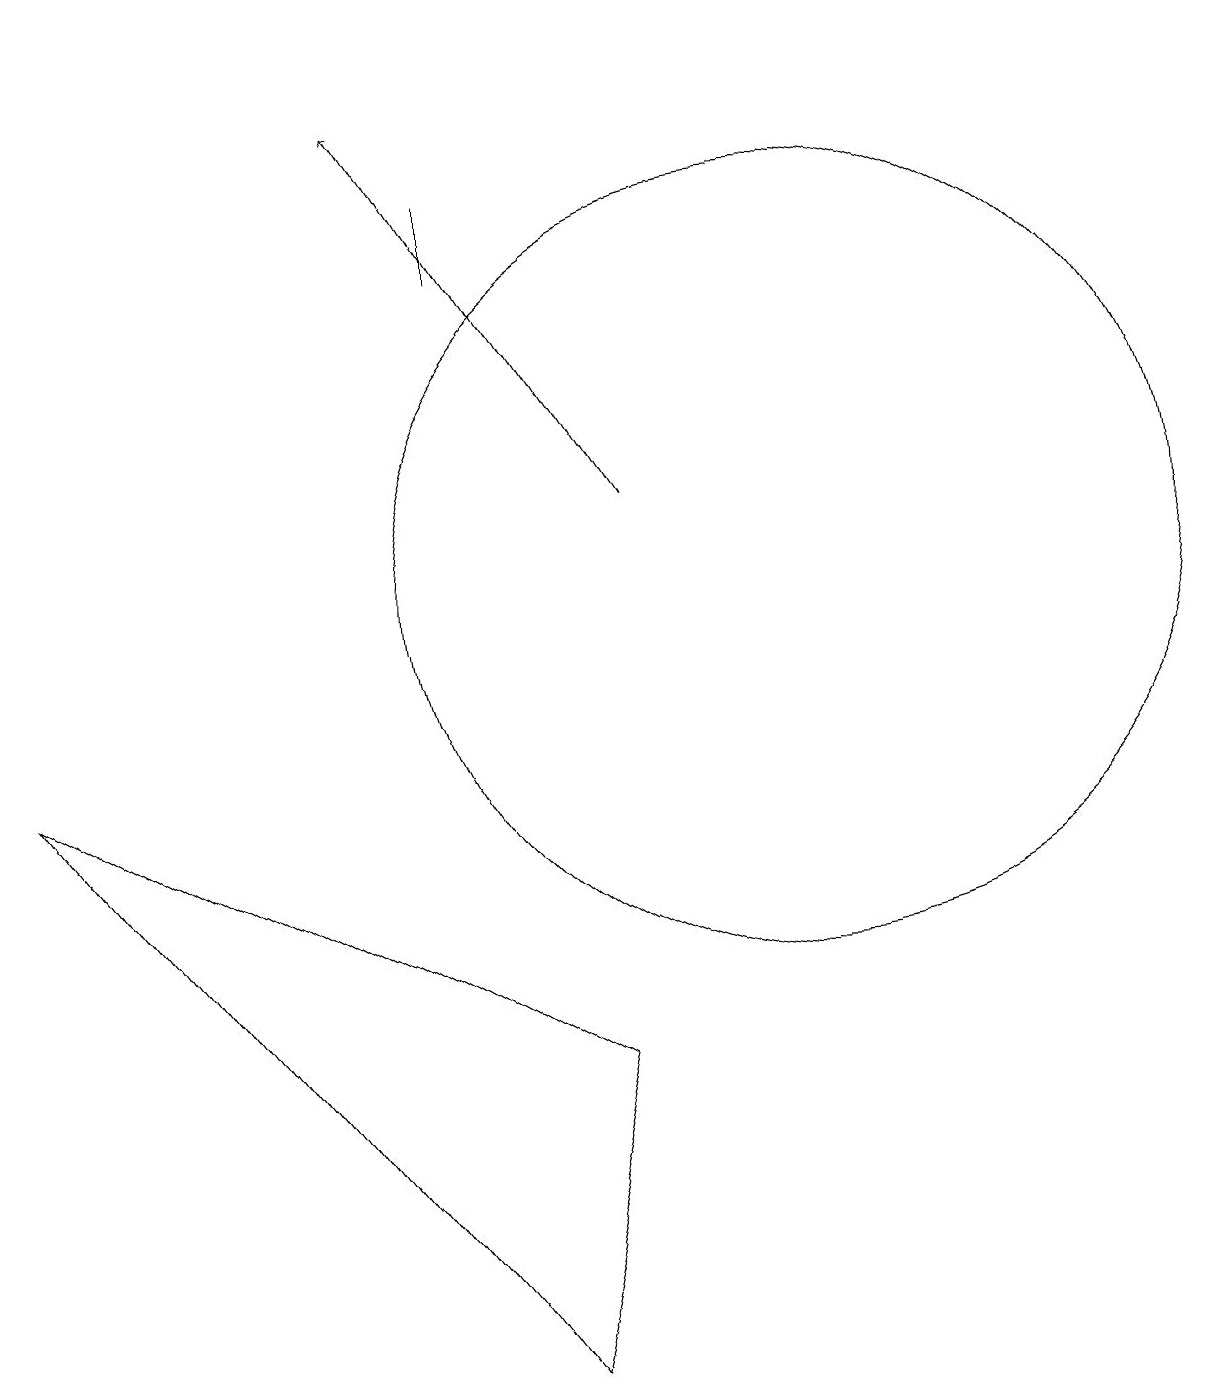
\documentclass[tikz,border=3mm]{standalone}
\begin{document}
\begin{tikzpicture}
\draw (7,15) rectangle (7,14);
\draw (7,0) -- (1,8) -- (8,4) -- cycle;
\draw (11,10) circle (5);
\draw (4,17) rectangle (4,17);
\draw[->] (9,11) -- (6,16);
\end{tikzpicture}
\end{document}